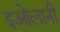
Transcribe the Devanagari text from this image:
इओलानी